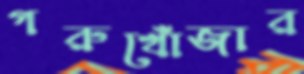
গরুখোঁজার